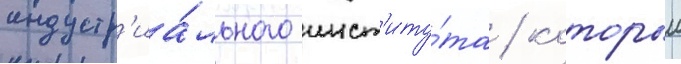
индустр'иа́льного инст'иту́та / которыи